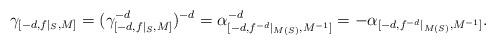
LaTeX: \begin{align*}\gamma_{[-d,f|_S,M]}=(\gamma_{[-d,f|_S,M]}^{-d})^{-d}=\alpha_{[-d,f^{-d}|_{M(S)},M^{-1}]}^{-d}=-\alpha_{[-d,f^{-d}|_{M(S)},M^{-1}]}.\end{align*}